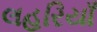
લહરિયાઁ